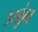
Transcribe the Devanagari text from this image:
उखुंबा